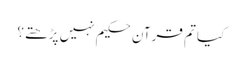
کیا تم قرآن حکیم نہیں پڑھتے؟